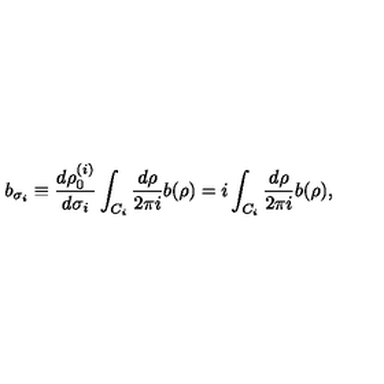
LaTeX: b _ { \sigma _ { i } } \equiv { \frac { d \rho _ { 0 } ^ { ( i ) } } { d \sigma _ { i } } } \int _ { C _ { i } } { \frac { d \rho } { 2 \pi i } } b ( \rho ) = i \int _ { C _ { i } } { \frac { d \rho } { 2 \pi i } } b ( \rho ) ,